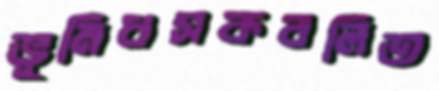
ভূমিধসকবলিত